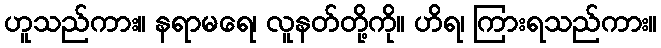
ဟူသည်ကား။ နရာမရေ၊ လူနတ်တို့ကို။ ဟိရ၊ ကြားရသည်ကား။